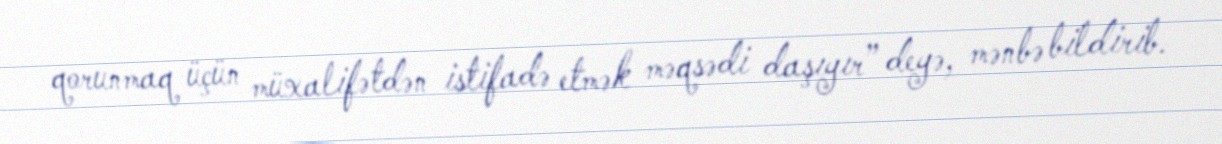
qorunmaq üçün müxalifətdən istifadə etmək məqsədi daşıyır” deyə, mənbə bildirib.